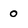
Character: 0